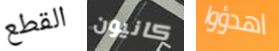
القطع كانيون اهدؤوا